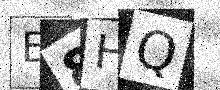
Text: E8HQ